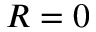
R = 0